画像に写った文字を読んでください
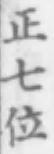
「正七位」と書いてあります